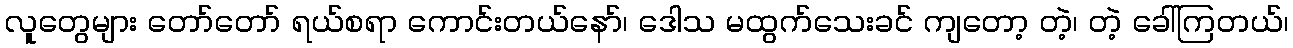
လူတွေများ တော်တော် ရယ်စရာ ကောင်းတယ်နော်၊ ဒေါသ မထွက်သေးခင် ကျတော့ တဲ့၊ တဲ့ ခေါ်ကြတယ်၊